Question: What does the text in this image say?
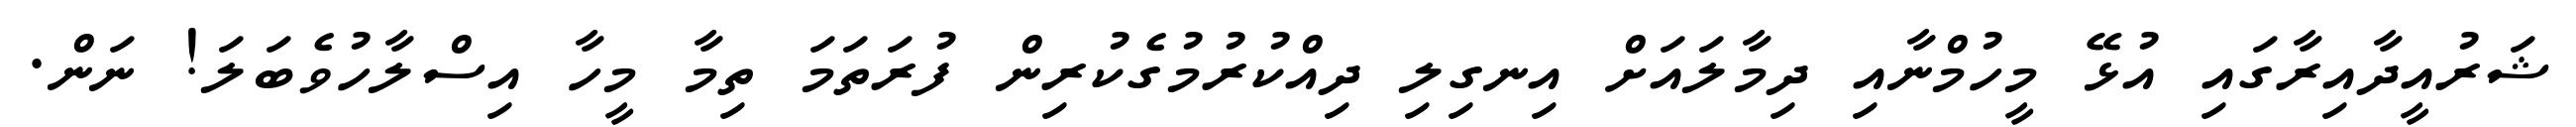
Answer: ޝަރުއީދާއިރާގައި އުޅޭ މީހުމްނާއި ދިމާލައަށް އިނގިލި ދިއްކުރުމުގެކުރިން ފުރަތަމަ ތިމާ މީހާ އިސްލާހުވެބަލަ! ނަން.